Annual report of the Bengal Veterinary College and of the Civil Veterinary Department, Bengal, for the year 1899-1900 - 1899-1900
Year: 1899
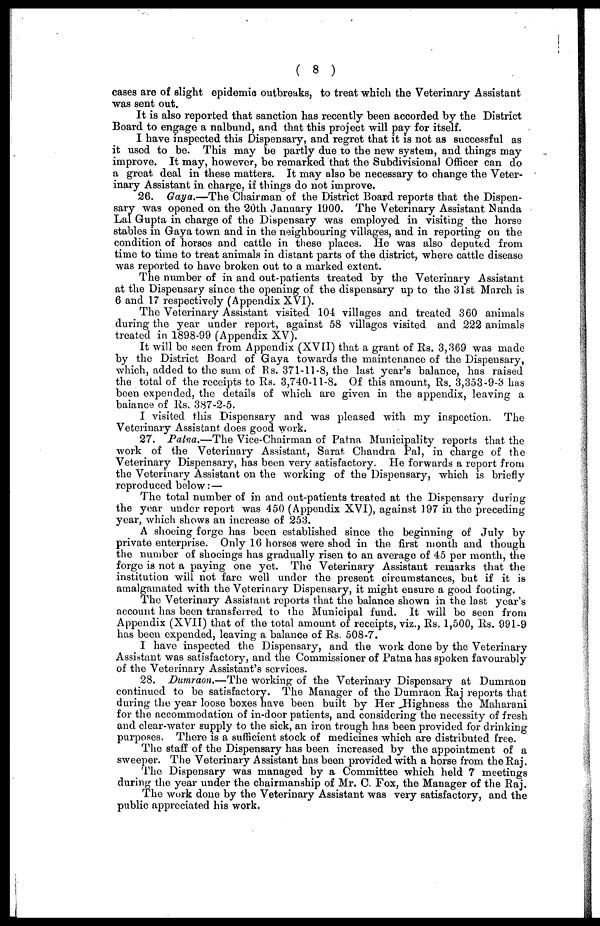
( 8 )
cases are of slight epidemic outbreaks, to treat which the Veterinary Assistant
was sent out.
It is also reported that sanction has recently been accorded by the District
Board to engage a nalbund, and that this project will pay for itself.
I have inspected this Dispensary, and regret that it is not as successful as
it used to be. This may be partly due to the new system, and things may
improve. It may, however, be remarked that the Subdivisional Officer can do
a great deal in these matters. It may also be necessary to change the Veter-
inary Assistant in charge, if things do not improve.
26. Gaya.—The Chairman of the District Board reports that the Dispen-
sary was opened on the 20th January 1900. The Veterinary Assistant Nanda
Lal Gupta in charge of the Dispensary was employed in visiting the horse
stables in Gaya town and in the neighbouring villages, and in reporting on the
condition of horses and cattle in these places. He was also deputed from
time to time to treat animals in distant parts of the district, where cattle disease
was reported to have broken out to a marked extent.
The number of in and out-patients treated by the Veterinary Assistant
at the Dispensary since the opening of the dispensary up to the 31st March is
6 and 17 respectively (Appendix XVI).
The Veterinary Assistant visited 104 villages and treated 360 animals
during the year under report, against 58 villages visited and 222 animals
treated in 1898-99 (Appendix XV).
It will be seen from Appendix (XVII) that a grant of Rs. 3,369 was made
by the District Board of Gaya towards the maintenance of the Dispensary,
which, added to the sum of Rs. 371-11-8, the last year's balance, has raised
the total of the receipts to Rs. 3,740-11-8. Of this amount, Rs. 3,353-9-3 has
been expended, the details of which are given in the appendix, leaving a
balance of Rs. 387-2-5.
I visited this Dispensary and was pleased with my inspection. The
Veterinary Assistant does good work.
27. Patna.—The Vice-Chairman of Patna Municipality reports that the
work of the Veterinary Assistant, Sarat Chandra Pal, in charge of the
Veterinary Dispensary, has been very satisfactory. He forwards a report from
the Veterinary Assistant on the working of the Dispensary, which is briefly
reproduced below: —
The total number of in and out-patients treated at the Dispensary during
the year under report was 450 (Appendix XVI), against 197 in the preceding
year, which shows an increase of 253.
A shooing forge has been established since the beginning of July by
private enterprise. Only 16 horses were shod in the first month and though
the number of shoeings has gradually risen to an average of 45 per month, the
forge is not a paying one yet. The Veterinary Assistant remarks that the
institution will not fare well under the present circumstances, but if it is
amalgamated with the Veterinary Dispensary, it might ensure a good footing.
The Veterinary Assistant reports that the balance shown in the last year's
account has been transferred to the Municipal fund. It will be seen from
Appendix (XVII) that of the total amount of receipts, viz., Rs. 1,500, Rs. 991-9
has been expended, leaving a balance of Rs. 508-7.
I have inspected the Dispensary, and the work done by the Veterinary
Assistant was satisfactory, and the Commissioner of Patna has spoken favourably
of the Veterinary Assistant's services.
28. Dumraon.—The working of the Veterinary Dispensary at Dumraon
continued to be satisfactory. The Manager of the Dumraon Raj reports that
during the year loose boxes have been built by Her Highness the Maharani
for the accommodation of in-door patients, and considering the necessity of fresh
and clear-water supply to the sick, an iron trough has been provided for drinking
purposes. There is a sufficient stock of medicines which are distributed free.
The staff of the Dispensary has been increased by the appointment of a
sweeper. The Veterinary Assistant has been provided with a horse from the Raj.
The Dispensary was managed by a Committee which held 7 meetings
during the year under the chairmanship of Mr. C. Fox, the Manager of the Raj.
The work done by the Veterinary Assistant was very satisfactory, and the
public appreciated his work.